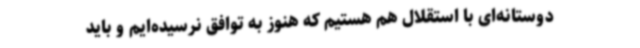
دوستانه‌ای با استقلال هم هستیم که هنوز به توافق نرسیده‌ایم و باید